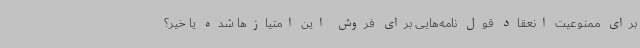
برای ممنوعیت انعقاد قول نامه‌هایی برای فروش این امتیازها شده یا خیر؟